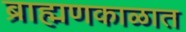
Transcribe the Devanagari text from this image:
ब्राह्मणकाळात